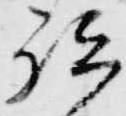
祗